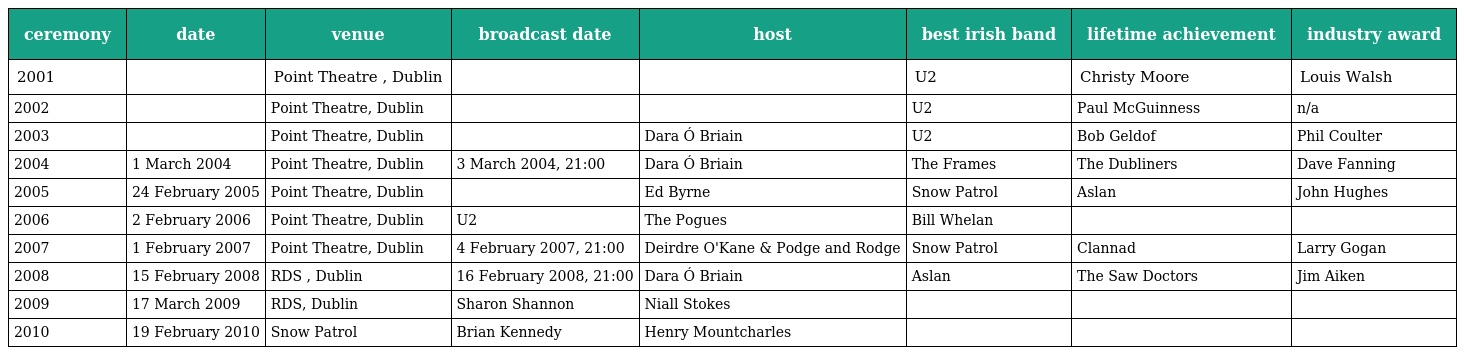
| ceremony | date | venue | broadcast date | host | best irish band | lifetime achievement | industry award |
 | --- | --- | --- | --- | --- | --- | --- | --- |
 | 2001 |  | Point Theatre , Dublin |  |  | U2 | Christy Moore | Louis Walsh |
 | 2002 |  | Point Theatre, Dublin |  |  | U2 | Paul McGuinness | n/a |
 | 2003 |  | Point Theatre, Dublin |  | Dara Ó Briain | U2 | Bob Geldof | Phil Coulter |
 | 2004 | 1 March 2004 | Point Theatre, Dublin | 3 March 2004, 21:00 | Dara Ó Briain | The Frames | The Dubliners | Dave Fanning |
 | 2005 | 24 February 2005 | Point Theatre, Dublin |  | Ed Byrne | Snow Patrol | Aslan | John Hughes |
 | 2006 | 2 February 2006 | Point Theatre, Dublin | U2 | The Pogues | Bill Whelan |  |  |
 | 2007 | 1 February 2007 | Point Theatre, Dublin | 4 February 2007, 21:00 | Deirdre O'Kane & Podge and Rodge | Snow Patrol | Clannad | Larry Gogan |
 | 2008 | 15 February 2008 | RDS , Dublin | 16 February 2008, 21:00 | Dara Ó Briain | Aslan | The Saw Doctors | Jim Aiken |
 | 2009 | 17 March 2009 | RDS, Dublin | Sharon Shannon | Niall Stokes |  |  |  |
 | 2010 | 19 February 2010 | Snow Patrol | Brian Kennedy | Henry Mountcharles |  |  |  |